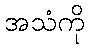
အသံကို